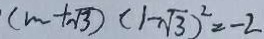
( m + \sqrt { 3 } ) ( 1 - \sqrt { 3 } ) ^ { 2 } = - 2